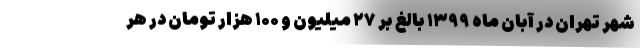
شهر تهران در آبان ماه ۱۳۹۹ بالغ بر ۲۷ میلیون و ۱۰۰ هزار تومان در هر